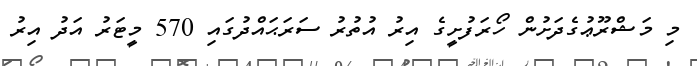
މި މަޝްރޫޢުގެދަށުން ހޯރަފުށީގެ އިރު އުތުރު ސަރަޙައްދުގައި 570 މީޓަރު އަދު އިރު